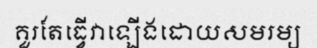
គួរតែធ្វើវាឡើងដោយសមរម្យ